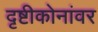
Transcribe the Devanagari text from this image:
दृष्टीकोनांवर